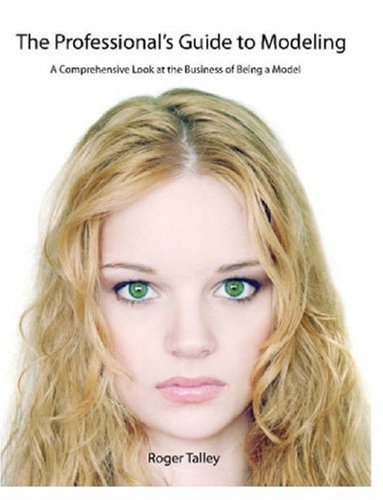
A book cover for The Professional's Guide to Modeling; Roger Talley; Arts & Photography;